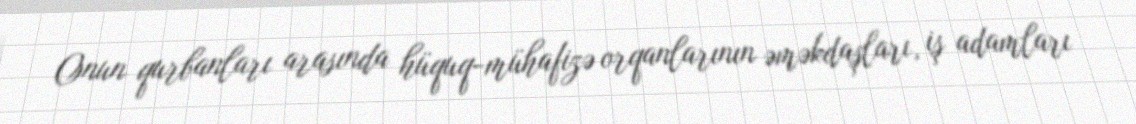
Onun qurbanları arasında hüquq-mühafizə orqanlarının əməkdaşları, iş adamları